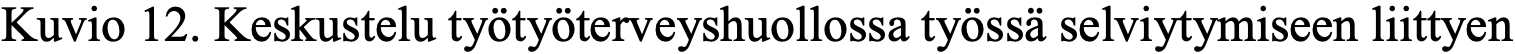
Kuvio 12. Keskustelu työtyöterveyshuollossa työssä selviytymiseen liittyen